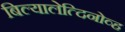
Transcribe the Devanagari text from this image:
बिल्यालेत्दिनोव्ह